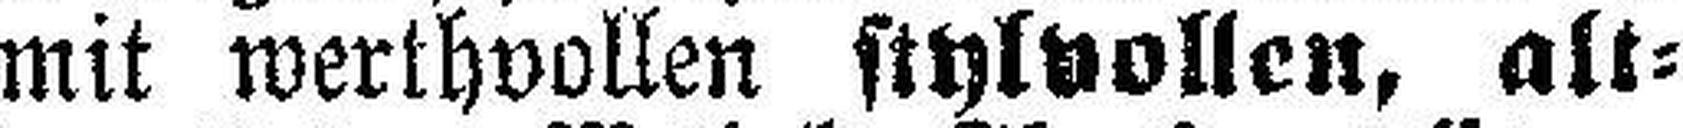
mit werthvollen stylvollen, alt¬